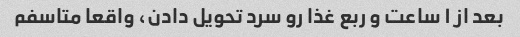
بعد از ۱ ساعت و ربع غذا رو سرد تحویل دادن، واقعا متاسفم